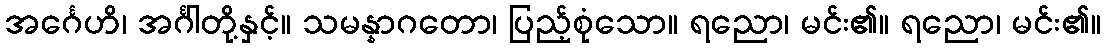
အင်္ဂေဟိ၊ အင်္ဂါတို့နှင့်။ သမန္နာဂတော၊ ပြည့်စုံသော။ ရညော၊ မင်း၏။ ရညော၊ မင်း၏။